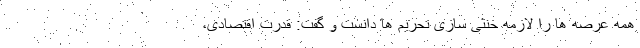
همه عرصه ها را لازمه خنثی سازی تحریم ها دانست و گفت: قدرت اقتصادی،